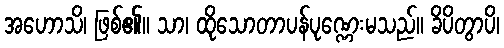
အဟောသိ၊ ဖြစ်၏။ သာ၊ ထိုသောတာပန်ပုဏ္ဏေးမသည်။ ခိပိတွာပိ၊